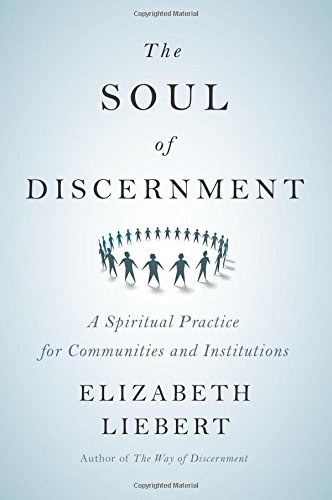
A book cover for The Soul of Discernment: A Spiritual Practice for Communities and Institutions; Elizabeth Liebert; Christian Books & Bibles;